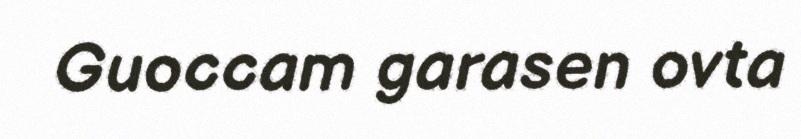
Guoccam garasen ovta